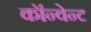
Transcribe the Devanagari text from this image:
कॉन्वेन्ट